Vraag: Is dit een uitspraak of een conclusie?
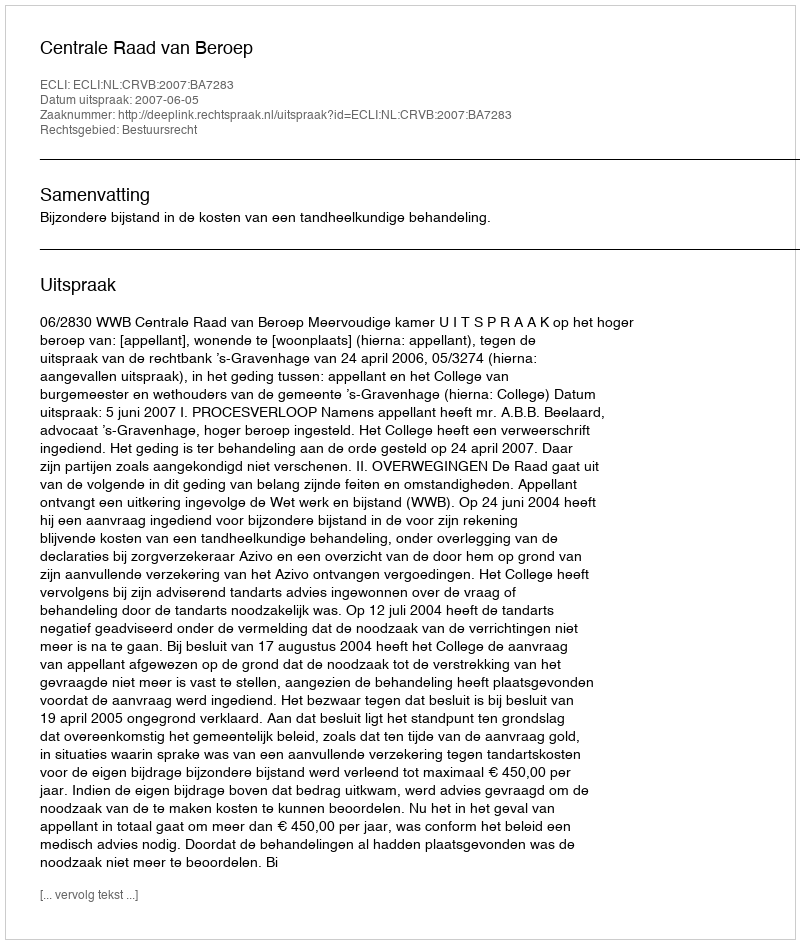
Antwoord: Uitspraak